Indian journal of veterinary science and animal husbandry - Volumes 24-25, 1954-1955
Year: 1954
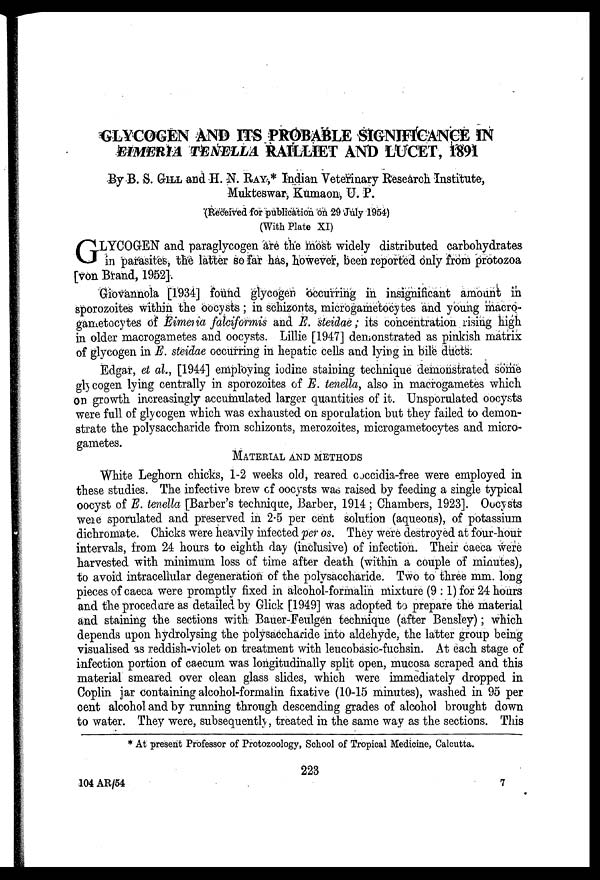
GLYCOGEN AND ITS PROBABLE SIGNIFICANCE IN
EIMERIA TENELLA RAILLIET AND LUCET, 1891
By B. S. GILL and H. N. RAY,* Indian Veterinary Research. Institute,
Mukteswar, Kumaon, U. P.
(Received for publication on 29 July 1954)
(With Plate XI)
G LYCOGEN and paraglycogen are the most widely distributed carbohydrates
in parasites, the latter so far has, however, been reported only from protozoa
[von Brand, 1952].
Giovannola [1934] found glycogen occurring in insignificant amount in
sporozoites within the oocysts; in schizonts, microgametocytes and young macro-
gametocytes of Eimeria falciformis and E. steidae; its concentration rising high
in older macrogametes and oocysts. Lillie [1947] demonstrated as pinkish matrix
of glycogen in E. steidae occurring in hepatic cells and lying in bile ducts.
Edgar, et al., [1944] employing iodine staining technique demonstrated some
glycogen lying centrally in sporozoites of E. tenella, also in macrogametes which
on growth increasingly accumulated larger quantities of it. Unsporulated oocysts
were full of glycogen which was exhausted on sporulation but they failed to demon-
strate the polysaccharide from schizonts, merozoites, microgametocytes and micro-
gametes.
MATERIAL AND METHODS
White Leghorn chicks, 1-2 weeks old, reared coccidia-free were employed in
these studies. The infective brew of oocysts was raised by feeding a single typical
oocyst of E. tenella [Barber's technique, Barber, 1914 ; Chambers, 1923]. Oocysts
were sporulated and preserved in 2.5 per cent solution (aqueous), of potassium
dichromate. Chicks were heavily infected per os. They were destroyed at four-hour
intervals, from 24 hours to eighth day (inclusive) of infection. Their caeca were
harvested with minimum loss of time after death (within a couple of minutes),
to avoid intracellular degeneration of the polysaccharide. Two to three mm. long
pieces of caeca were promptly fixed in alcohol-formalin mixture (9 : 1) for 24 hours
and the procedure as detailed by Glick [1949] was adopted to prepare the material
and staining the sections with Bauer-Feulgen technique (after Bensley); which
depends upon hydrolysing the polysaccharide into aldehyde, the latter group being
visualised as reddish-violet on. treatment with leucobasic-fuchsin. At each stage of
infection portion of caecum was longitudinally split open, mucosa scraped and this
material smeared over clean glass slides, which were immediately dropped in
Coplin jar containing alcohol-formalin fixative (10-15 minutes), washed in 95 per
cent alcohol and by running through descending grades of alcohol brought down
to water. They were, subsequently, treated in the same way as the sections. This
* At present Professor of Protozoology, School of Tropical Medicine, Calcutta.
223
104 AR/54
7